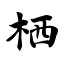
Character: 栖